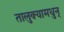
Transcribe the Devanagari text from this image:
तालुक्यामधुन्